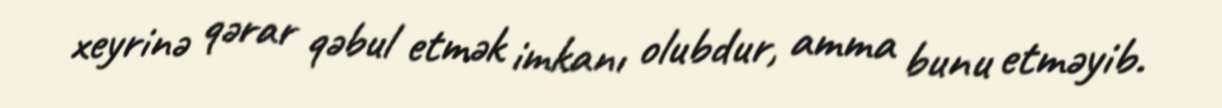
xeyrinə qərar qəbul etmək imkanı olubdur, amma bunu etməyib.